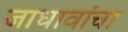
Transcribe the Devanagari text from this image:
जाधावांचा